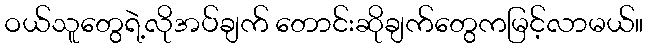
ဝယ်သူတွေရဲ့လိုအပ်ချက် တောင်းဆိုချက်တွေကမြင့်လာမယ်။